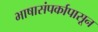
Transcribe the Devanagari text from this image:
भाषासंपर्कापासून